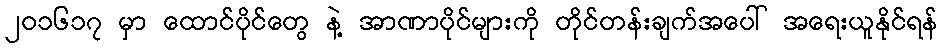
၂၀၁၆၁၇ မှာ ထောင်ပိုင်တွေ နဲ့ အာဏာပိုင်များကို တိုင်တန်းချက်အပေါ် အရေးယူနိုင်ရန်